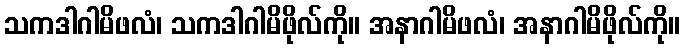
သကဒါဂါမိဖလံ၊ သကဒါဂါမိဖိုလ်ကို။ အနာဂါမိဖလံ၊ အနာဂါမိဖိုလ်ကို။